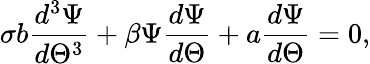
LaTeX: \sigma b\frac{d^{3}\Psi}{d\Theta^{3}}+\beta\Psi\frac{d\Psi}{d\Theta}+a\frac{d\Psi}{d\Theta}=0,